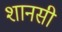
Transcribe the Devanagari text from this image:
शानसी